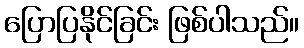
ပြောပြနိုင်ခြင်း ဖြစ်ပါသည်။